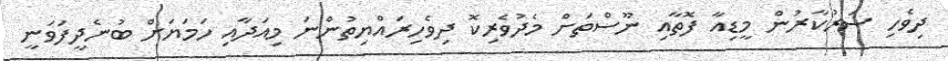
ދިވެހި ސަރުކާރުން މީޑިއާ ފޮތާއި ނޫސްތަށް މެދުވެރިކޮ ދިވެހިރައްޔިތުންނަ މިއަދާއި ހަަމަޔަށް ބުނެދީފަވަނީ